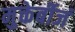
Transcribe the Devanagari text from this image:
मुक्तेर्बीजं